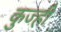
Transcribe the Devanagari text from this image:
कुज्ही